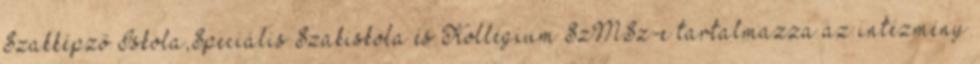
Szakképző Iskola,Speciális Szakiskola és Kollégium SzMSz-e tartalmazza az intézmény